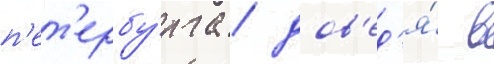
п'ет'ербу́рга / дов'ед'я́ в